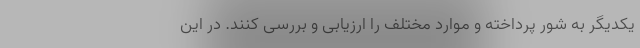
یکدیگر به شور پرداخته و موارد مختلف را ارزیابی و بررسی کنند. در این